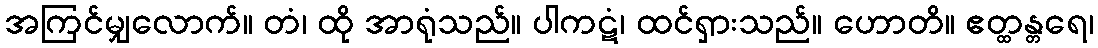
အကြင်မျှလောက်။ တံ၊ ထို အာရုံသည်။ ပါကဋံ၊ ထင်ရှားသည်။ ဟောတိ။ ဧတ္ထန္တရေ၊